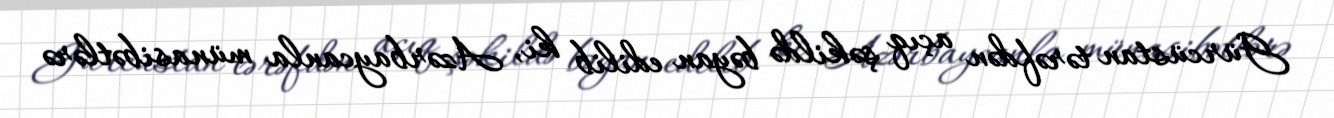
Gürcüstan tərəfdən açıq şəkildə bəyan edilib ki, Azərbaycanla münasibətlərə